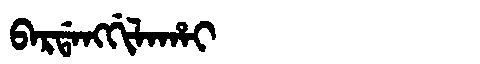
Manchu: ᠪᠠᡵᡩᠠᠩᡤᡳᠯᠠᡥᠠᡳ
Romanization: BARDANGGILAHAI